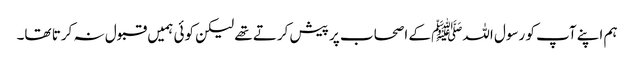
ہم اپنے آپ کو رسول اللہﷺ کے اصحاب پر پیش کرتے تھے لیکن کوئی ہمیں قبول نہ کرتا تھا۔